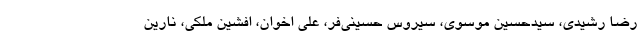
رضا رشیدی، سیدحسین موسوی، سیروس حسینی‌فر، علی اخوان، افشین ملکی، نارین